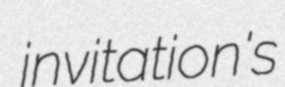
invitation's